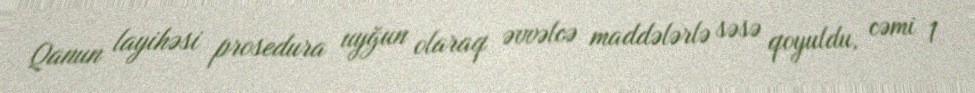
Qanun layihəsi prosedura uyğun olaraq əvvəlcə maddələrlə səsə qoyuldu, cəmi 1